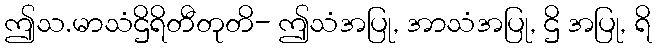
ဤသ.မာသံဌိရိတီတုတိ- ဤသံအပြု, အာသံအပြု, ဌိ အပြု, ရိ